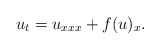
\begin{align*}u_t=u_{xxx}+f(u)_x.\end{align*}